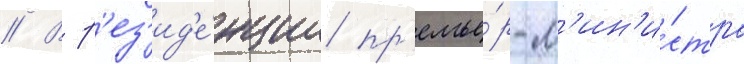
// В р'ез'ид'е́нции пр'емье́р-м'ин'и́стра